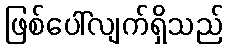
ဖြစ်ပေါ်လျက်ရှိသည်